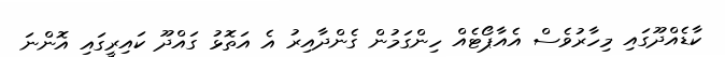
ކާޑެއްދޫގައި މިހާރުވެސް އެއާޕޯޓެއް ހިންގަމުން ގެންދާއިރު އެ އަތޮޅު ގައްދޫ ކައިރީގައި އޮންނަ